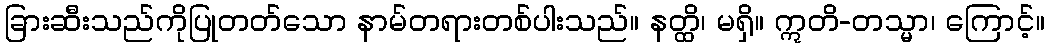
ခြားဆီးသည်ကိုပြုတတ်သော နာမ်တရားတစ်ပါးသည်။ နတ္ထိ၊ မရှိ။ ဣတိ-တသ္မာ၊ ကြောင့်။